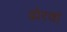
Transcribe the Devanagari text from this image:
ढोरवां